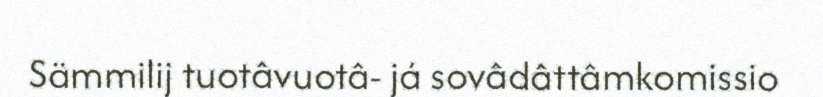
Sämmilij tuotâvuotâ- já sovâdâttâmkomissio